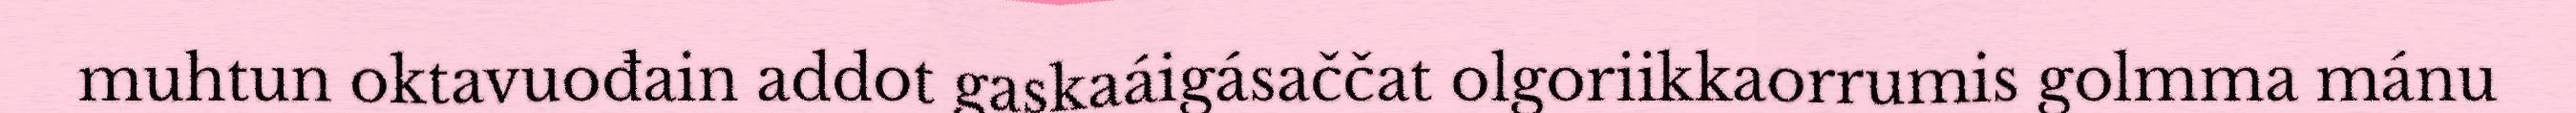
muhtun oktavuođain addot gaskaáigásaččat olgoriikkaorrumis golmma mánu